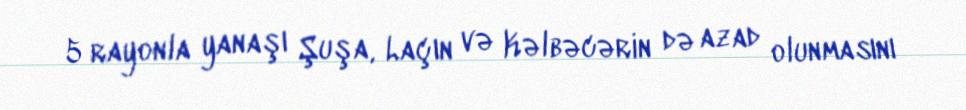
5 rayonla yanaşı Şuşa, Laçın və Kəlbəcərin də azad olunmasını